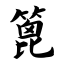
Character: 篦